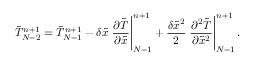
\tilde { T } _ { N - 2 } ^ { n + 1 } = \tilde { T } _ { N - 1 } ^ { n + 1 } - \delta \tilde { x } \left. { \frac { { \partial \tilde { T } } } { { \partial \tilde { x } } } } \right| _ { N - 1 } ^ { n + 1 } + \frac { { \delta { { \tilde { x } } ^ { 2 } } } } { 2 } \left. { \frac { { { \partial ^ { 2 } } \tilde { T } } } { { \partial { { \tilde { x } } ^ { 2 } } } } } \right| _ { N - 1 } ^ { n + 1 } .